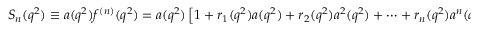
S _ { n } ( q ^ { 2 } ) \equiv a ( q ^ { 2 } ) f ^ { ( n ) } ( q ^ { 2 } ) = a ( q ^ { 2 } ) \left[ 1 + r _ { 1 } ( q ^ { 2 } ) a ( q ^ { 2 } ) + r _ { 2 } ( q ^ { 2 } ) a ^ { 2 } ( q ^ { 2 } ) + \cdots + r _ { n } ( q ^ { 2 } ) a ^ { n } ( q ^ { 2 } ) \right] \ .